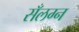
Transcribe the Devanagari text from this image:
सँलग्न